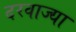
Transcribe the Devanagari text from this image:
दरवाज्या